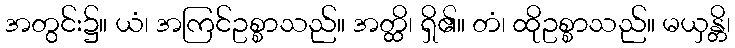
အတွင်း၌။ ယံ၊ အကြင်ဥစ္စာသည်။ အတ္ထိ၊ ရှိ၏။ တံ၊ ထိုဥစ္စာသည်။ မယှန္တိ၊